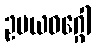
ဥပယဝဂ္ဂေါ